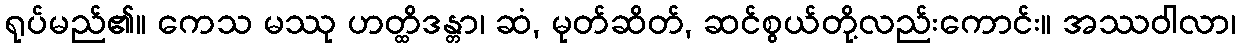
ရုပ်မည်၏။ ကေသ မဿု ဟတ္ထိဒန္တာ၊ ဆံ, မုတ်ဆိတ်, ဆင်စွယ်တို့လည်းကောင်း။ အဿဝါလာ၊